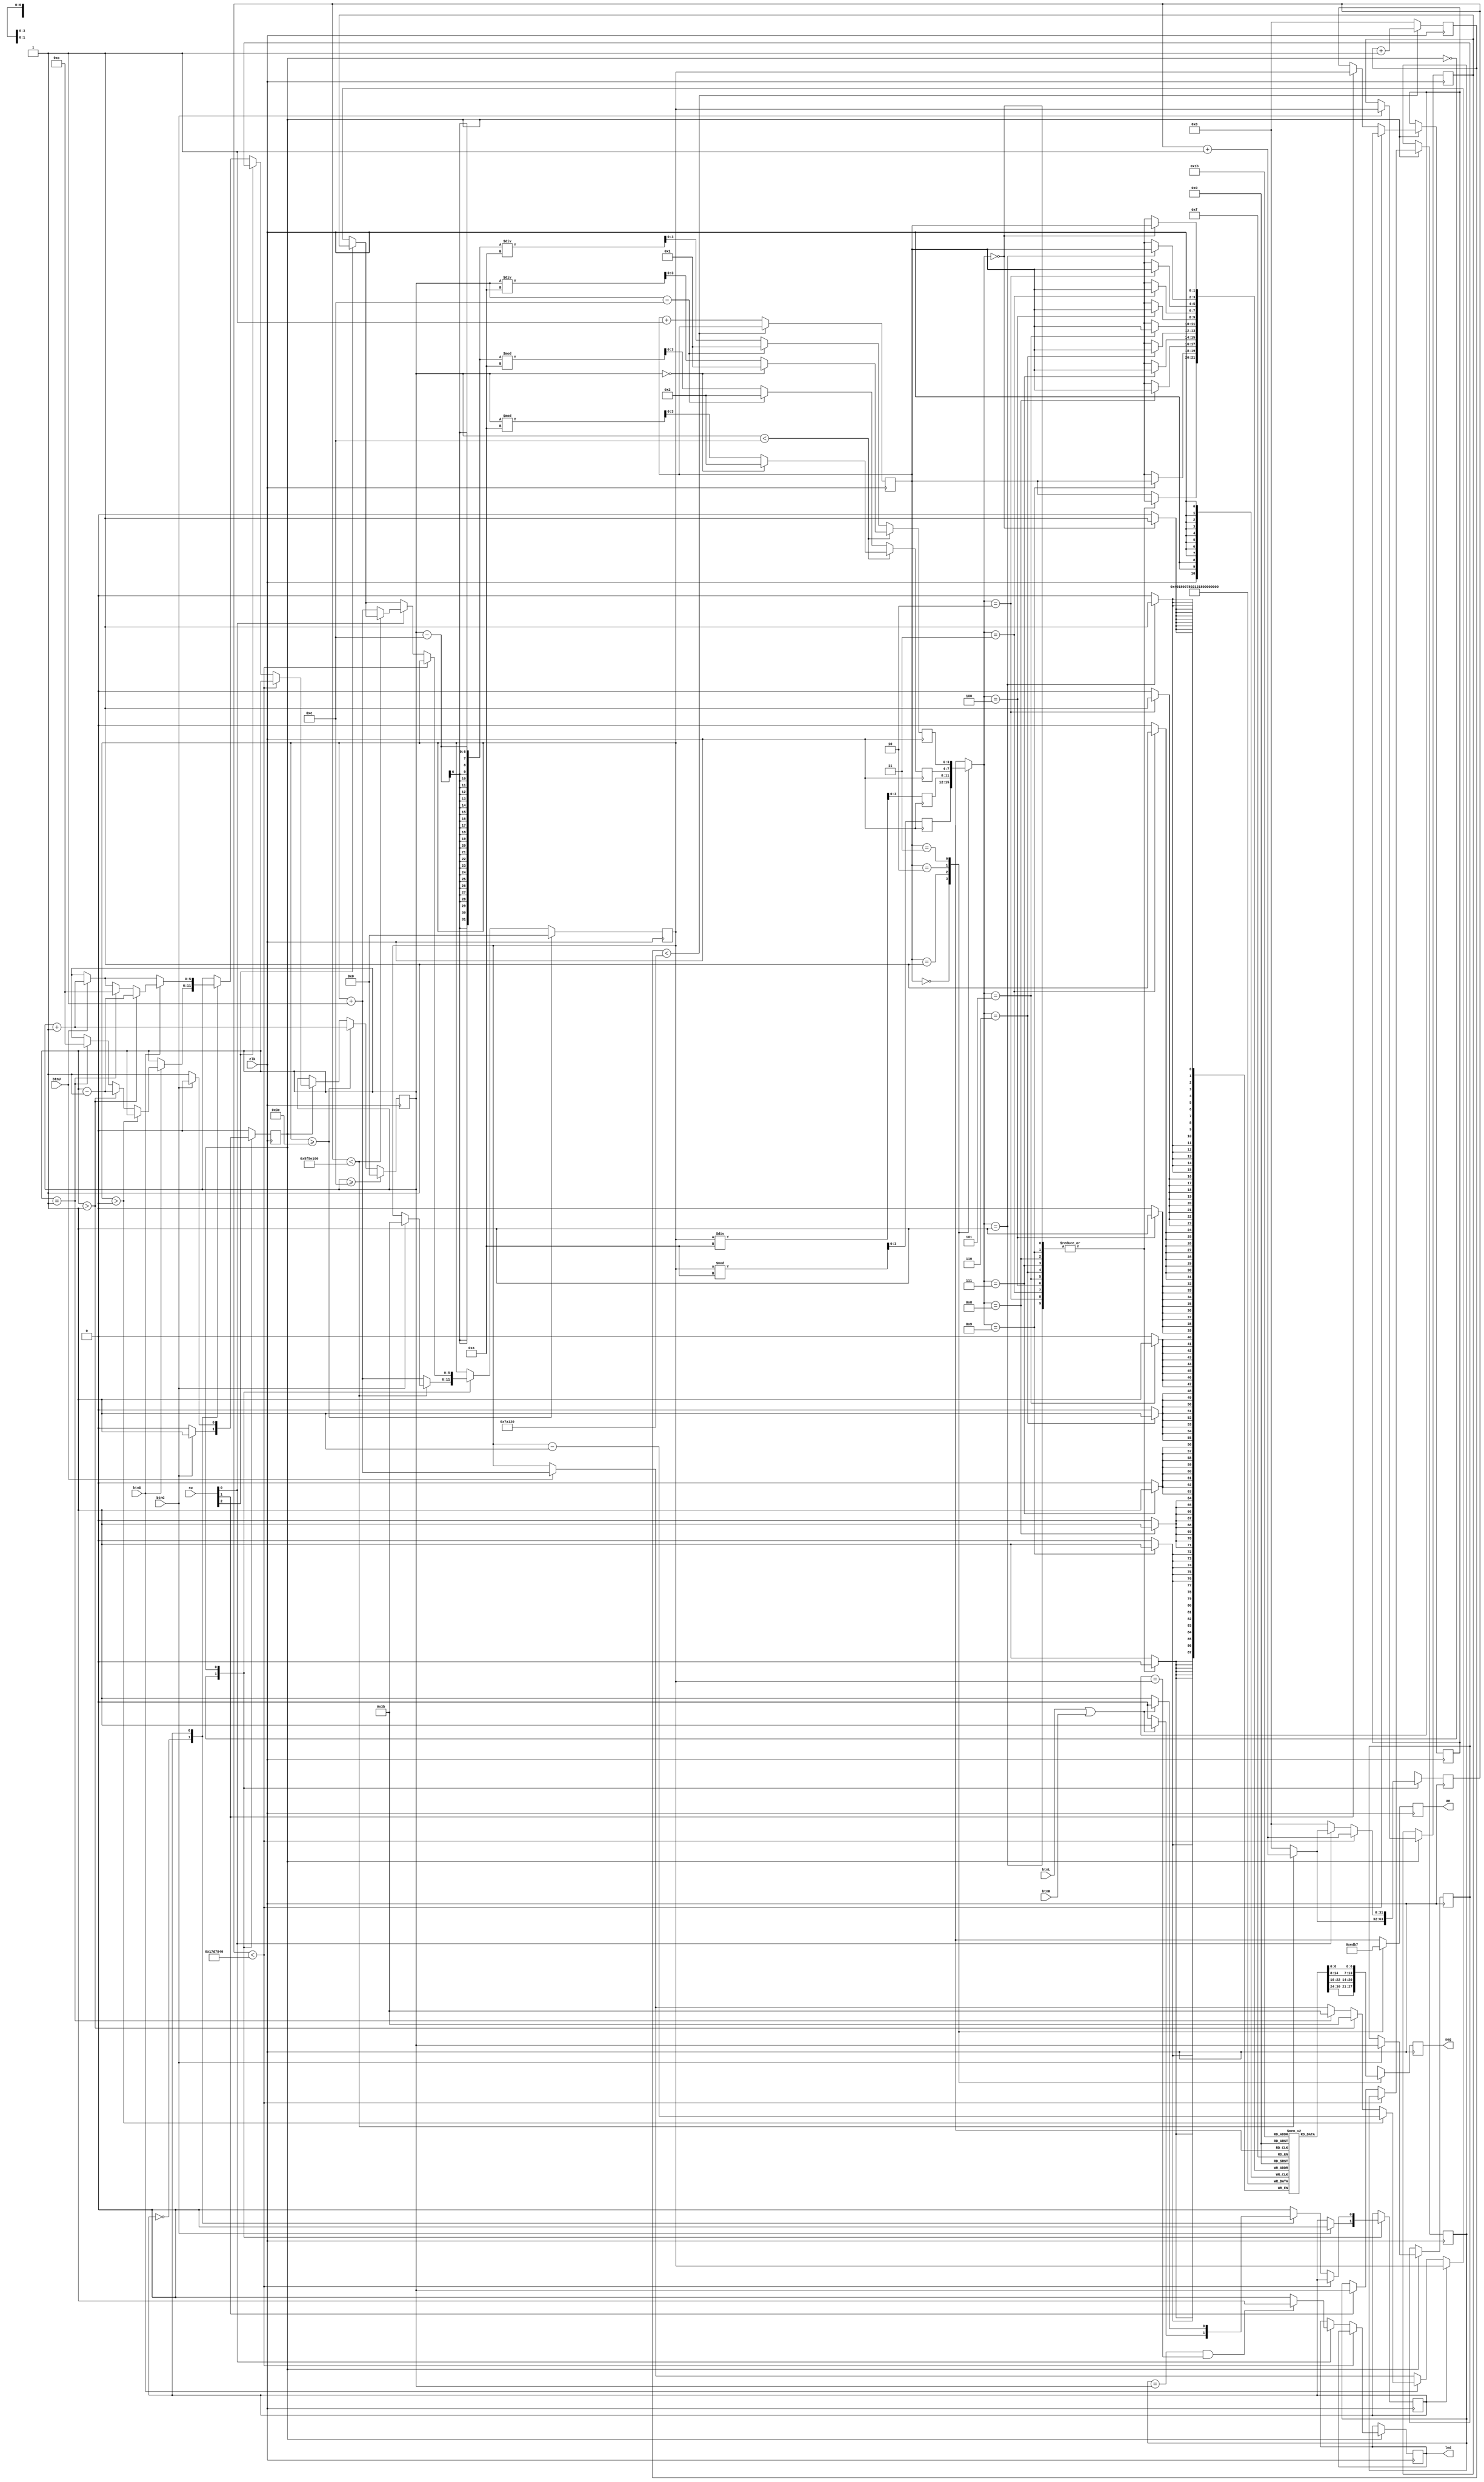
`timescale 1ns / 1ps

module DigitalClock(
    input clk, // FPGA clock signal, 100 MHz
    input btnC, btnU, btnL, btnR, btnD, // FPGA IO pushbuttons
    input [2:0] sw,//switch to turn on alarm mode
    output reg [6:0] seg,
    output reg [3:0] an, // FPGA 7-Segment Display
    output reg [0:0] led //LED 0 is AM/PM LED
    );
    
    /* Timing parameters */
    reg [31:0] counter = 0;
    reg [31:0] d_counter =0;
    parameter max_counter = 100000000; // 100 MHz / 100000000 = 1 Hz => 1 second per second
    parameter display_counter = 500000; //500000 / 100MHZ = 5ms
    
    /* Data registers */
    reg [5:0] Hours, Minutes, Seconds = 0; 
    reg [3:0] D0,D1, D2, D3 = 0; 
    reg current_bit = 0;      // Currently only minutes and hours
    
    //reg AM_PM = 0;  // AM = 0/off , PM = 1/on
    
    reg [1:0] current_LED = 0;
    reg [7:0] LED_out [3:0];
    
    //alarm
    reg [5:0] Seconds_alarm = 0;
    reg [5:0] Minutes_alarm = 12;
    
    //alarm mode restart
    reg [5:0] Seconds_alarm_reset = 0;
    reg [5:0] Minutes_alarm_reset = 12;
    
    /* Modes */
    parameter Hours_And_Minutes = 1'b0; // Clock mode - 12:00AM to 11:59PM
    parameter Set_Clock = 1'b1;         // Set time mode
    reg Current_Mode = Set_Clock; //Start in set time mode by default
   
    
    wire [3:0] four_bit_data [3:0]; 
    assign  four_bit_data[0] = D0;
    assign  four_bit_data[1] = D1;
    assign  four_bit_data[2] = D2;
    assign  four_bit_data[3] = D3;
    
                      	 
    always @(posedge clk) begin
        if (counter < max_counter) begin
            counter <= counter+1;
        end 
        else begin
            //current_LED <= current_LED + 1;
            counter <= 0;
        end
        if(d_counter < display_counter) begin
            d_counter <= d_counter + 1; 
        end 
        else begin
            current_LED <= current_LED + 1;
            d_counter <= 0;
        end
                
		case(four_bit_data[current_LED]) //S15, S14, S13, S12 are the binary data bits, MSB->LSB
			 4'b0000 : LED_out[current_LED] <= 7'b1000000; //0
			 4'b0001 : LED_out[current_LED] <= 7'b1111001; //1
			 4'b0010 : LED_out[current_LED] <= 7'b0100100; //2
			 4'b0011 : LED_out[current_LED] <= 7'b0110000; //3
			 4'b0100 : LED_out[current_LED] <= 7'b0011001; //4
			 4'b0101 : LED_out[current_LED] <= 7'b0010010; //5
			 4'b0110 : LED_out[current_LED] <= 7'b0000010; //6
			 4'b0111 : LED_out[current_LED] <= 7'b1111000; //7
			 4'b1000 : LED_out[current_LED] <= 7'b0000000; //8
			 4'b1001 : LED_out[current_LED] <= 7'b0011000; //9
			 default : LED_out[current_LED] <= 7'b1000000; //otherwise 0
		 endcase
        
        case(current_LED)
            0: begin
                an <= 4'b1110; 
                seg <= LED_out[0];
            end
                
            1: begin
                an <= 4'b1101;
                seg <= LED_out[1];            
            end
            
            2: begin
                an <= 4'b1011;
                seg <= LED_out[2];
            end
            
            3: begin
                an <= 4'b0111;
                seg <= LED_out[3];
            end                
        endcase 
        case(Current_Mode)
            Hours_And_Minutes: begin // Clock mode - 12:00AM to 11:59PM
                if (btnC) begin
                    Current_Mode <= Set_Clock; // Swap modes when you push the center button 
                    // Reset variables to prepare for set time mode 
                    counter <= 0;
                    current_bit <= 0;
                    Seconds <= 59; //59
                end
                
                if (counter < max_counter) begin // time
                    counter <= counter + 1;
                end 
                else begin
                    counter <= 0;
                    Seconds <= Seconds + 1;
                end                                
            end //Hours_And_Minutes (minutes_and_seconds)
            Set_Clock: begin
                /*Seconds_alarm <= Seconds;
                Minutes_alarm <= Minutes;*/
                if (btnC) begin // Push center button to commit time set and return to Clock mode
                    Current_Mode <= Hours_And_Minutes;
                    Seconds_alarm_reset <= Seconds; //must restart at this time
                    Minutes_alarm_reset <= Minutes; //must resart at this time
                end
                
                if (counter < (25000000)) begin // different clock speed when setting - 4 Hz
                    counter <= counter + 1;
                end 

                else begin
                    counter <= 0;
                    case (current_bit)
                        1'b0: begin //minutes (seconds)
                            if (btnU) begin // Increment minutes when you push up
                                Seconds <= Seconds + 1;
                            end
                            if (btnD) begin // Decrement minutes when you push down
                                if (Seconds > 0) begin
                                    Seconds <= Seconds - 1;
                                end 
                                else if (Minutes > 1) begin
                                    Minutes <= Minutes - 1;
                                    Seconds <= 59;
                                end 
                                else if (Minutes == 1) begin
                                    Minutes <= 12;
                                    Seconds <= 59;
                                end
                            end
                            if (btnL || btnR) begin // Push left/right button to swap between hours/minutes
                                current_bit <= 1;
                            end
                        /*Seconds_alarm <= Seconds;
                        Minutes_alarm <= Minutes;*/
                        end // end 1'b0
                        1'b1: begin //hours (Minutes)
                            if (btnU) begin // Increment hours when you push up
                                Minutes <= Minutes + 1;
                            end
                            if (btnD) begin // Decrement minutes when you push down
                                if (Minutes > 1) begin
                                    Minutes <= Minutes - 1;
                                end else if (Minutes == 1) begin
                                    Minutes <= 12;
                                end
                            end
                            if (btnL || btnR) begin // Push left/right button to swap between hours/minutes
                                current_bit <= 0;
                            end
                        /*Seconds_alarm <= Seconds;
                        Minutes_alarm <= Minutes;*/
                        end // end 1'b1                         
                endcase   // end case (current_bit)
                if(sw[2] == 1)begin
                Seconds <= Seconds_alarm_reset;
                Minutes <= Minutes_alarm_reset;
                end
                if(sw[1] == 1)begin
                Seconds_alarm <= Seconds;
                Minutes_alarm <= Minutes;
                end

                if(sw[0] == 1) begin
                    /*Seconds_alarm <= Seconds;
                    Minutes_alarm <= Minutes;*/
                    if(Minutes_alarm == Minutes && Seconds_alarm == Seconds)
                        led <= 1;////test
                     else 
                        led <= 0;
                    /*if(Seconds == Seconds_alarm &&  Minutes == Minutes_alarm) begin //Seconds_alarm Minutes_alarm
                        led <= 0;
                    end
                    else begin
                        led <= 1;
                    end*/
                    if (counter < max_counter) begin // time
                        counter <= counter + 1;
                    end 
                    else begin
                    counter <= 0;
                    Seconds <= Seconds + 1; ///ADD BLINK FUNCTIONALITY WHEN ALARM IS REACHED
                    
                    end    
                end  //          
                end                    
            end // end Set_Clock
        endcase // end case(Current_Mode)
        
        /* Clock Stuff */
        if (Seconds >= 60) begin // After 60 seconds, increment minutes
                Seconds <= 0;
                Minutes <= Minutes + 1;
        end
        if (Minutes >= 12) begin // After 60 minutes, increment hours
                Minutes <= 0;
                Hours <= Hours + 1;
        end
        if (Hours >= 24) begin // After 12 hours, swap between AM and PM
            Hours <= 0;
        end
       
        D0 <= Seconds % 10;  // 1's of minutes
        D1 <= Seconds / 10;  // 10's of minutes            
        if (Minutes < 12) begin
            if (Minutes == 0) begin // 00:00 military = 12:00 AM
                D2 <= 2;
                D3 <= 1;
            end else begin
                D2 <= Minutes % 10;    // 1's of hours
                D3 <= Minutes / 10;    // 10's of hours
            end
            //AM_PM <= 0;
            end else begin // end Hours < 12
                if (Minutes == 12) begin //12:00 military = 12:00 PM
                    D2 <= 2;
                    D3 <= 1;
                end else begin
                    D2 <= (Minutes - 12) % 10;    // 1's of hours
                    D3 <= (Minutes - 12) / 10;    // 10's of hours
                end
                //AM_PM <= 1;                        
        end // end Hours >= 12             
    end //end always @(posedge clk)
endmodule